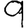
Digit: 9